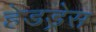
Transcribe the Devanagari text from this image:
हेडड्रेस